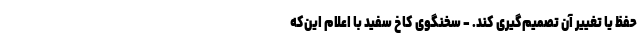
حفظ یا تغییر آن تصمیم‌گیری کند. - سخنگوی کاخ سفید با اعلام این‌که